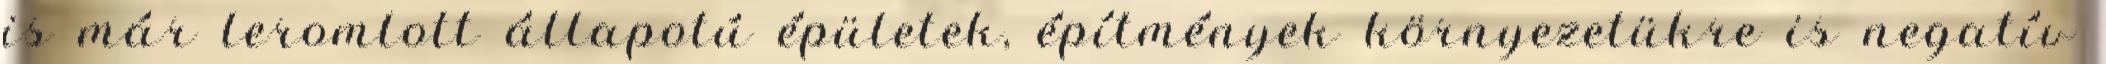
is már leromlott állapotú épületek, építmények környezetükre is negatív